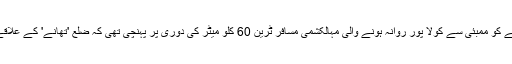
برطانوی اخبار گارڈین کی رپورٹ کے مطابق جمعے کو ممبئی سے کولا پور روانہ ہونے والی مہالکشمی مسافر ٹرین 60 کلو میٹر کی دوری پر پہنچی تھی کہ ضلع 'تھانے' کے علاقے ونگانی پہنچ کر سیلاب کے باعث آگے نہ جاسکی۔